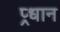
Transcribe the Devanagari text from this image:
प्र्धान